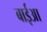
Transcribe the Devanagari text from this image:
बाईआ